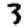
Digit: 3